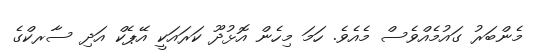
މެންބަރު ގައުމެއްވެސް މެއެވެ. ހަމަ މިހެން އޮޅުދޫ ކަރައަކީ އޭޕެކް އަދި ސާރކްގެ